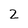
Character: 2